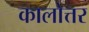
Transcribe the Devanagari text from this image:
कालोत्तर